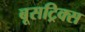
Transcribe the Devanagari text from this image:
बूसट्रिक्स